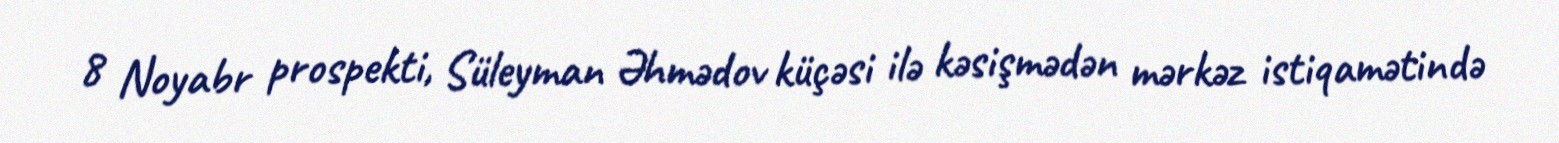
8 Noyabr prospekti, Süleyman Əhmədov küçəsi ilə kəsişmədən mərkəz istiqamətində